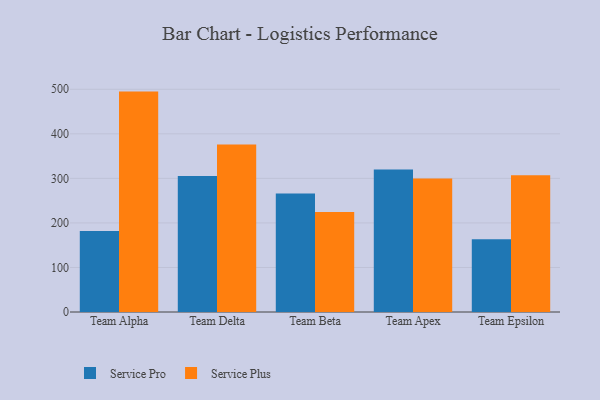
{"axis": {"x": "Team", "y": "Market Share (%)"}, "legend": ["Service Plus", "Service Pro"], "data": [{"x": "Team Alpha", "y": 181.8, "type": "Service Pro"}, {"x": "Team Alpha", "y": 494.8, "type": "Service Plus"}, {"x": "Team Delta", "y": 305.6, "type": "Service Pro"}, {"x": "Team Delta", "y": 376.2, "type": "Service Plus"}, {"x": "Team Beta", "y": 265.8, "type": "Service Pro"}, {"x": "Team Beta", "y": 224.5, "type": "Service Plus"}, {"x": "Team Apex", "y": 319.9, "type": "Service Pro"}, {"x": "Team Apex", "y": 299.9, "type": "Service Plus"}, {"x": "Team Epsilon", "y": 163.4, "type": "Service Pro"}, {"x": "Team Epsilon", "y": 306.8, "type": "Service Plus"}]}